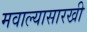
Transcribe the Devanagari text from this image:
मवाल्यासारखी